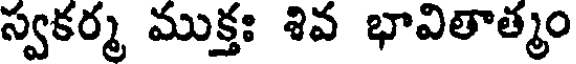
స్వకర్మ ముక్తః శివ భావితాత్మం